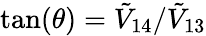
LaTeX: \tan(\theta)=\tilde{V}_{14}/\tilde{V}_{13}